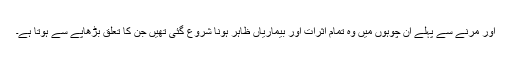
اور مرنے سے پہلے ان چوہوں میں وہ تمام اثرات اور بیماریاں ظاہر ہونا شروع گئی تھیں جن کا تعلق بڑھاپے سے ہوتا ہے۔